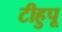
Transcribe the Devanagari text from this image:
टीहुपू